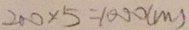
2 0 0 \times 5 = 1 0 0 0 ( m )